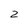
Character: 2